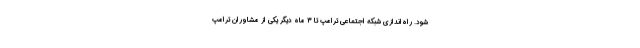
شود. راه‌اندازی شبکه اجتماعی ترامپ تا ۳ ماه دیگر یکی از مشاوران ترامپ